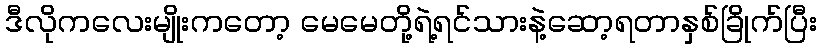
ဒီလိုကလေးမျိုးကတော့ မေမေတို့ရဲ့ရင်သားနဲ့ဆော့ရတာနှစ်ခြိုက်ပြီး